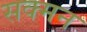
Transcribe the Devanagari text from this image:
सक्मन